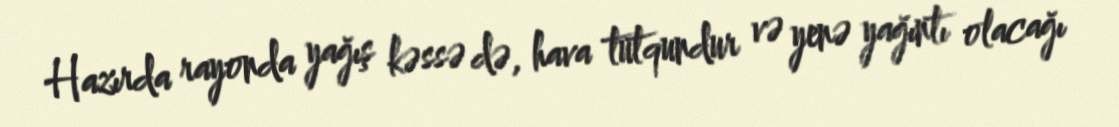
Hazırda rayonda yağış kəssə də, hava tutqundur və yenə yağıntı olacağı